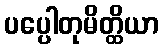
ပပ္ပေါတုမိတ္ထိယာ